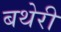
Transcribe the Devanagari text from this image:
बथेरी